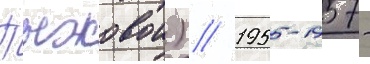
Пыжовои) // 1955-1957 -